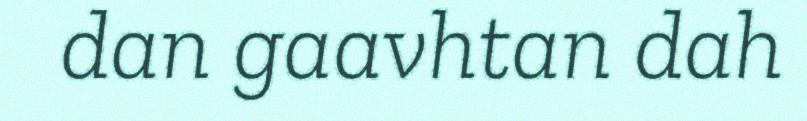
dan gaavhtan dah